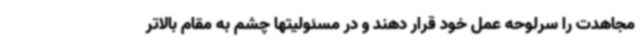
مجاهدت را سرلوحه عمل خود قرار دهند و در مسئولیتها چشم به مقام بالاتر